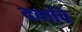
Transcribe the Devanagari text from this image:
दर्भाचे